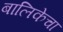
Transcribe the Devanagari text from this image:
बालिकेचा